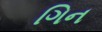
ગિન